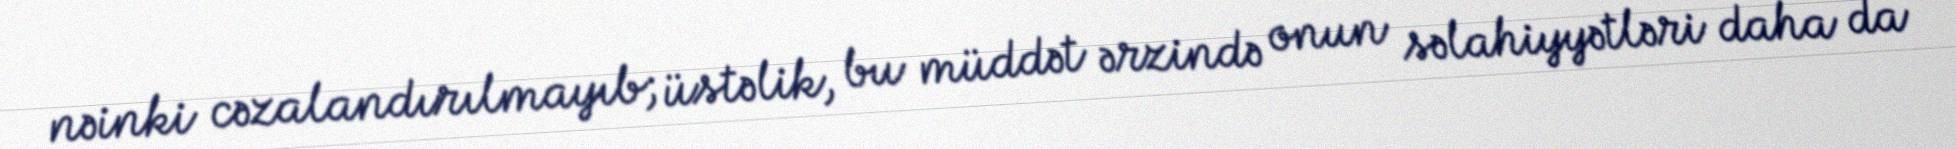
nəinki cəzalandırılmayıb; üstəlik, bu müddət ərzində onun səlahiyyətləri daha da